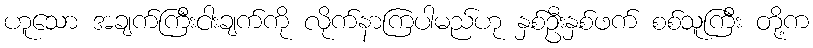
ဟူသော အချက်ကြီးငါးချက်ကို လိုက်နာကြပါမည်ဟု နှစ်ဦးနှစ်ဖက် စစ်သူကြီး တို့က